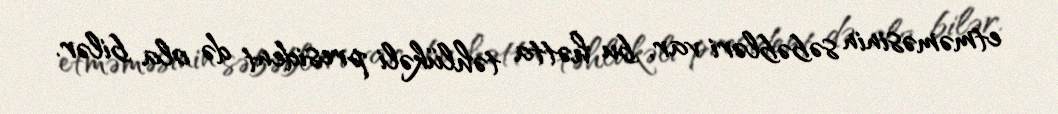
etməməsinin səbəbləri var, bu hətta təhlükəli president də ola bilər.